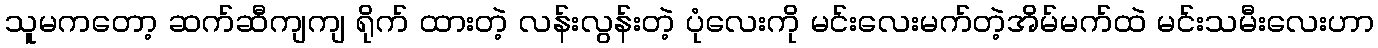
သူမကတော့ ဆက်ဆီကျကျ ရိုက် ထားတဲ့ လန်းလွန်းတဲ့ ပုံလေးကို မင်းလေးမက်တဲ့အိမ်မက်ထဲ မင်းသမီးလေးဟာ